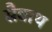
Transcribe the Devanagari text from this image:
सैबाथ